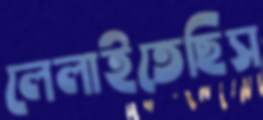
লেলাইতেছিস